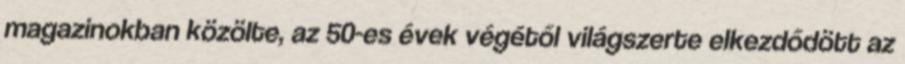
magazinokban közölte, az 50-es évek végétől világszerte elkezdődött az